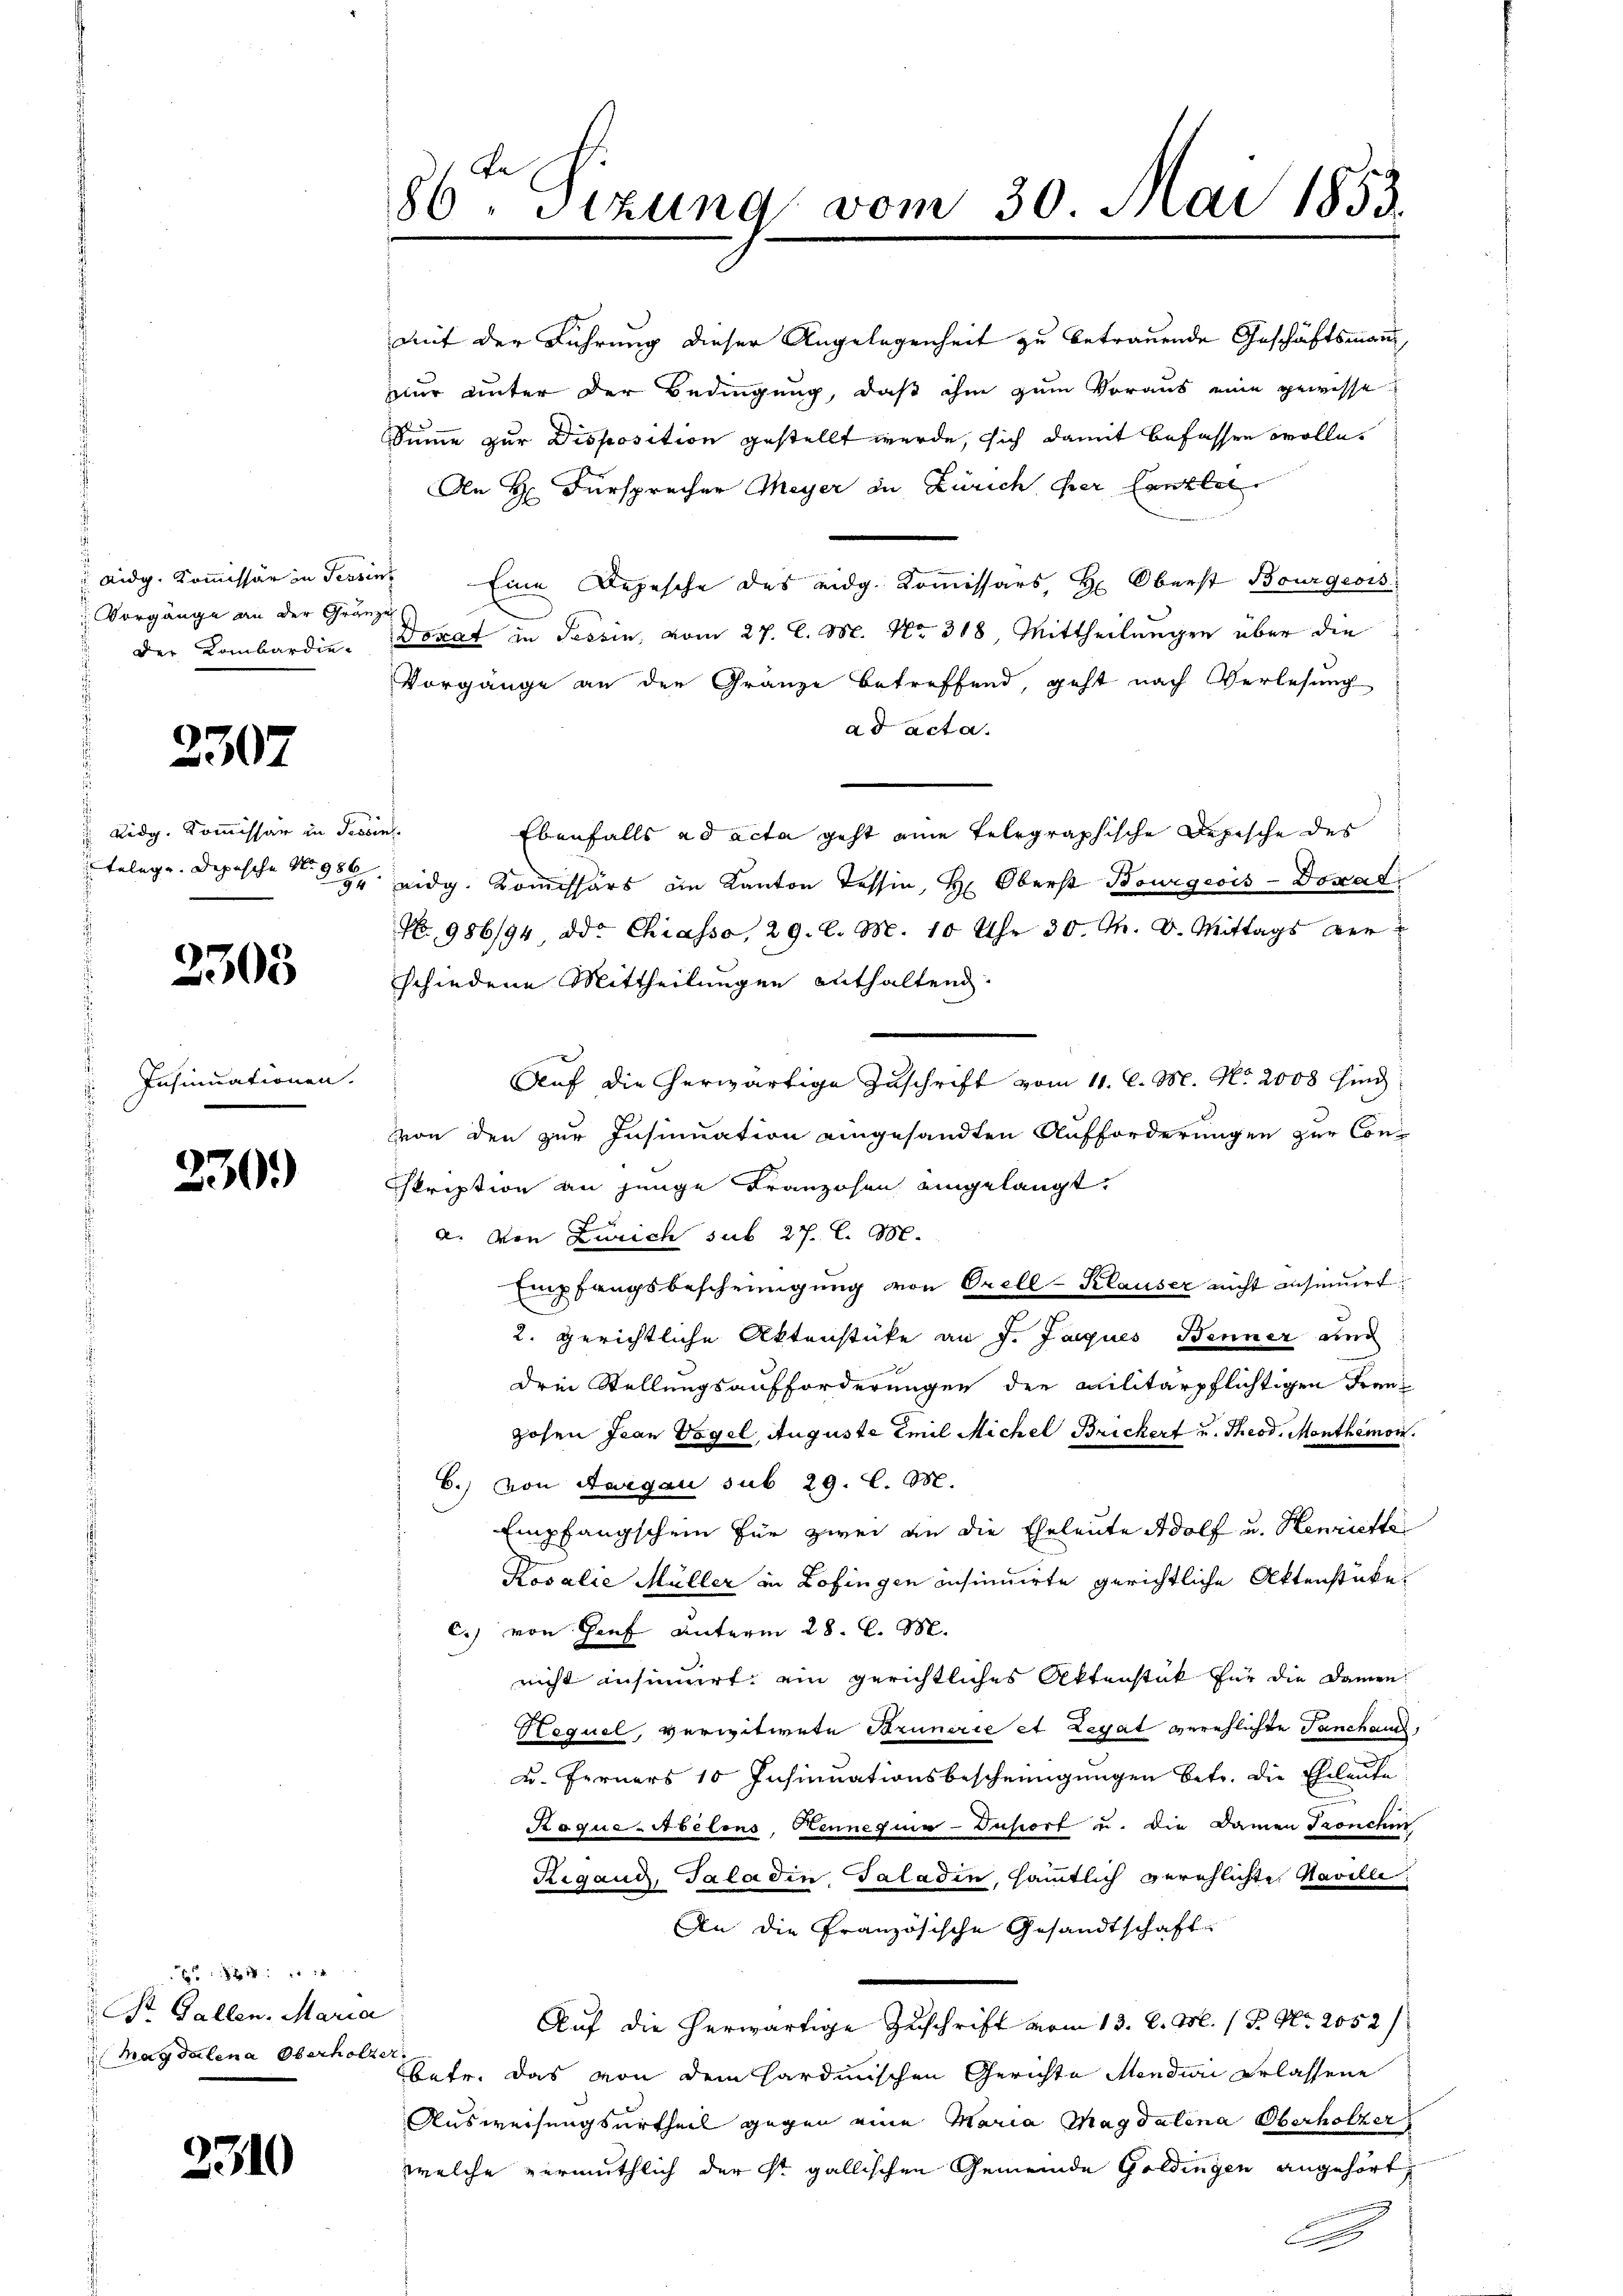
Aidg. Kom̅issär in Tessin
 Vorgänge an der Gränz
 der Lombardie¬

2307

Lidg. Kommissar in des
elege. Depesche No 986
94

2303

Insinuationen.

230.

42
St. Gallen. Maria
Magdalena Oberholzer

2310

86ten Sizung vom 30. Mai 1853.

mit der Führung dieser Angelegenheit zu betrauende Geschäftsmann,
nur unter der Bedingung, daß ihm zum Voraus eine gewisse
Summe zur Disposition gestellt werde, sich damit befassen wolle,
An H. Fürsprecher Meyer in Zürich ihrer Canzle
.Eine Depesche des eidg. Kommissars, Hr. Oberst Bourgeois
Dorat in Tessin, vom 27. C. M. No 318. Mittheilungen über die
Vorgänge an der Gränze betreffend, geht nach Verlesung
ad acta.
ehe
Ebenfalls ad acta geht eine telegraphische Depische des
eidg. Kommissärs im Kanton Tessin, Hr. Oberst Bourgeois-Doxat.
Nr 986/94 od. Chiasso, 29. l. M. 10 Uhr 30. M. D. Mittags ver
schiedene Mittheilungen enthaltend.
Auf die erwärtige Zuschrift vom 11. d. M. No. 2008 find
von den zur Insinuation eingesandten Aufforderungen zur Conskription an junge Franzosen eingelangt.
a. von Zürich sub 27. l. M.
Empfangsbescheinigung von Orell-Klauser nicht anseniert:
2. gerichtliche Aktenstücke an J. Jacques Benner und
drei Stellungsaufforderungen der Militärpflichtigen Franz
zosen Jean Vogel, Auguste Emil Michel Brickert u. Theod. Monthemon.
6.) von Aargau sub 29. l. M.
Empfangschein für zwei an die Eheleute Adolf u. Henriette
Kosalie Müller in Zofingen insinuirte gerichtliche Aktenstücke,
c.) von Genf unterm 28. C. M.
nicht insinuirt, ein gerichtliches Aktenstück für die Damen
Hequel, verwitwete Brunerie et Legat verehlichte Tanchand,
k. Ferners 10 Insinuationsbescheinigungen betr. die Eheleute
Roque-Abelons, Kennequa-Dusort u. die Damen Tronchi
Rigand, Taladin, Taladin, sämmtlich verehlichte Naville
An die Französische Gesandtschaft
Auf die herwärtige Zuschrift vom 13. d. M. / P. Nr. 2052/
betr. das von dem sardinischen Gerichte Mondin erlassene
Ausweisungsurtheil gegen eine Maria Magdalena Oberholzer
welche vermuthlich der ist gallischen Gemeinde Goldingen angehört,
.